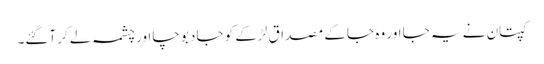
کپتان نے یہ جا اور وہ جا کے مصداق لڑکے کو جا دبوچا اور چشمہ لے کر آگئے۔